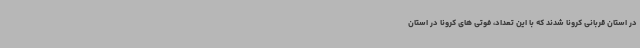
در استان قربانی کرونا شدند که با این تعداد، فوتی های کرونا در استان